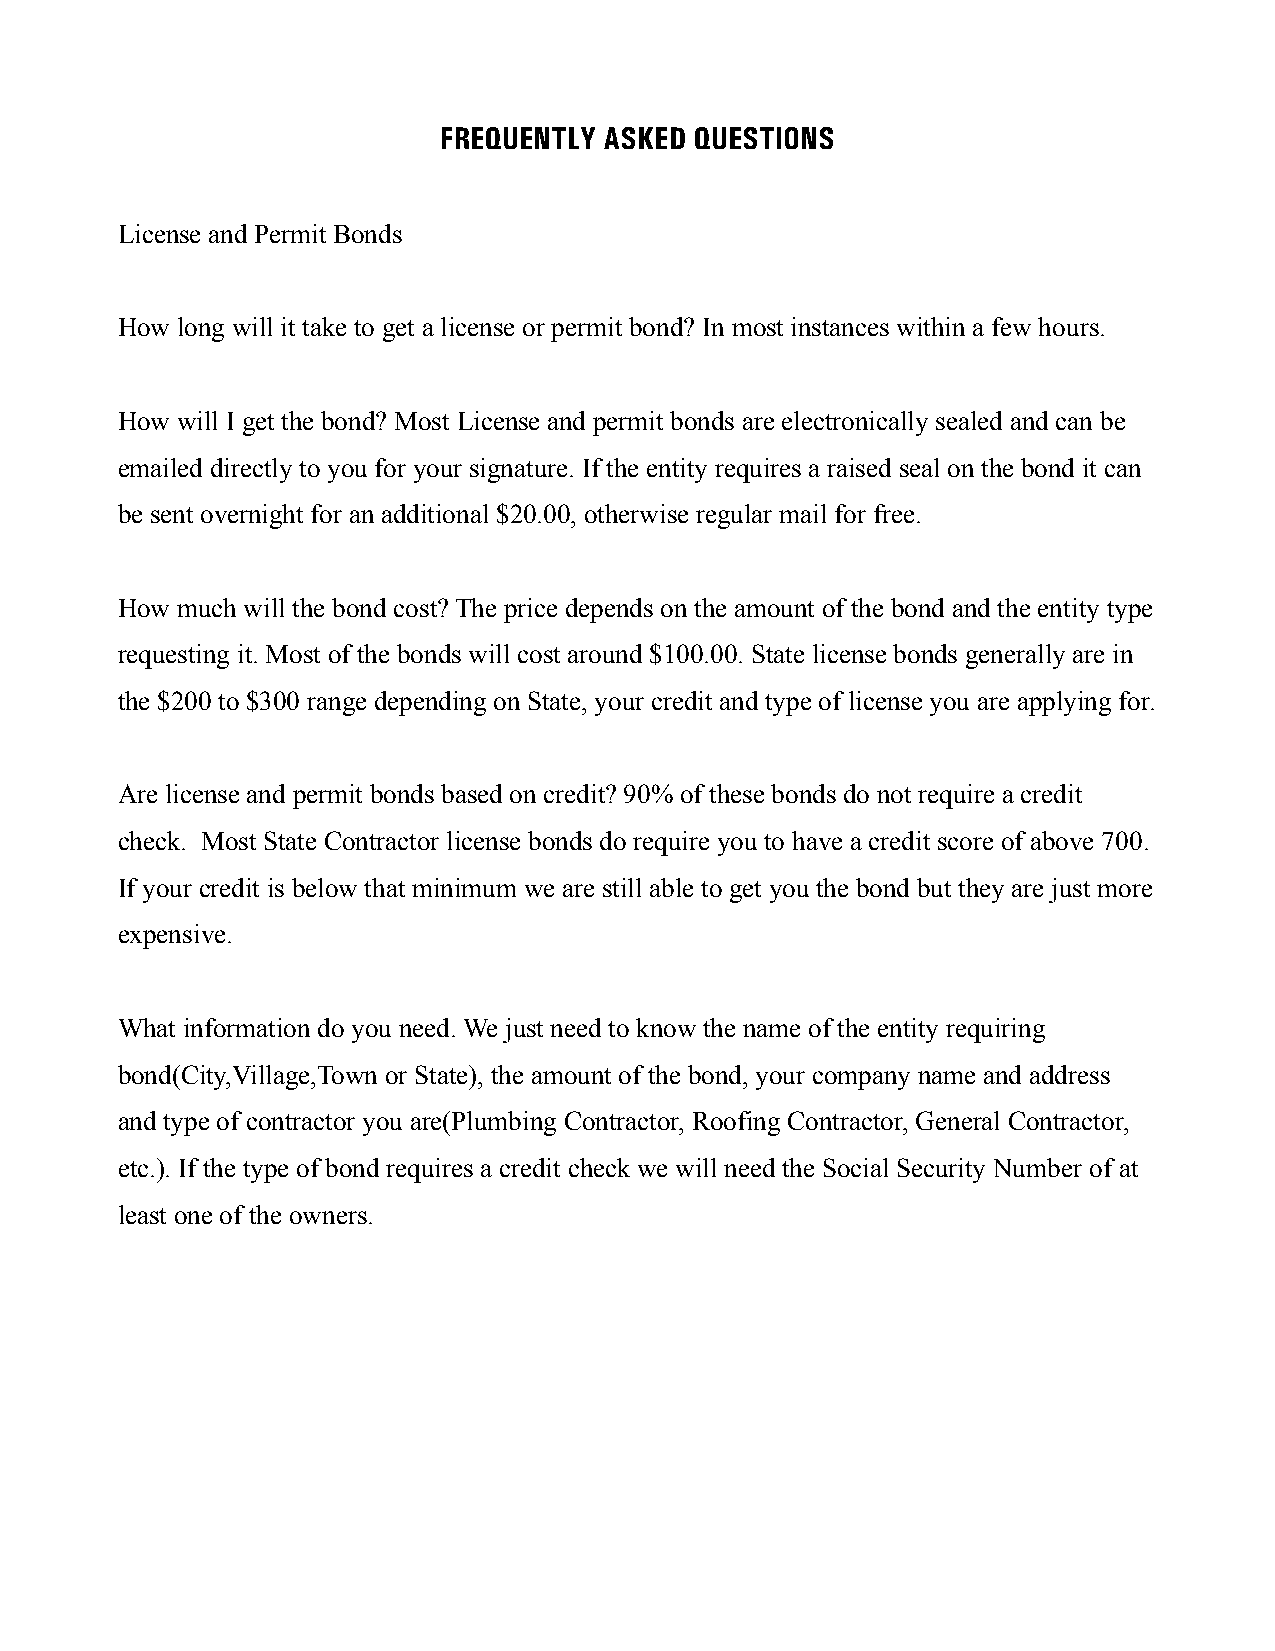
FREQUENTLY ASKED QUESTIONS
 License and Permit Bonds
 How long will it take to get a license or permit bond? In most instances within a few hours.
 How will I get the bond? Most License and permit bonds are electronically sealed and can be
 emailed directly to you for your signature. If the entity requires a raised seal on the bond it can
 be sent overnight for an additional $20.00, otherwise regular mail for free.
 How much will the bond cost? The price depends on the amount of the bond and the entity type
 requesting it. Most of the bonds will cost around $100.00. State license bonds generally are in
 the $200 to $300 range depending on State, your credit and type of license you are applying for.
 Are license and permit bonds based on credit? 90% of these bonds do not require a credit
 check. Most State Contractor license bonds do require you to have a credit score of above 700.
 If your credit is below that minimum we are still able to get you the bond but they are just more
 expensive.
 What information do you need. We just need to know the name of the entity requiring
 bond(City,Village,Town or State), the amount of the bond, your company name and address
 and type of contractor you are(Plumbing Contractor, Roofing Contractor, General Contractor,
 etc.). If the type of bond requires a credit check we will need the Social Security Number of at
 least one of the owners.